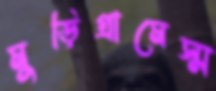
মুড়িগ্রামেস্ম